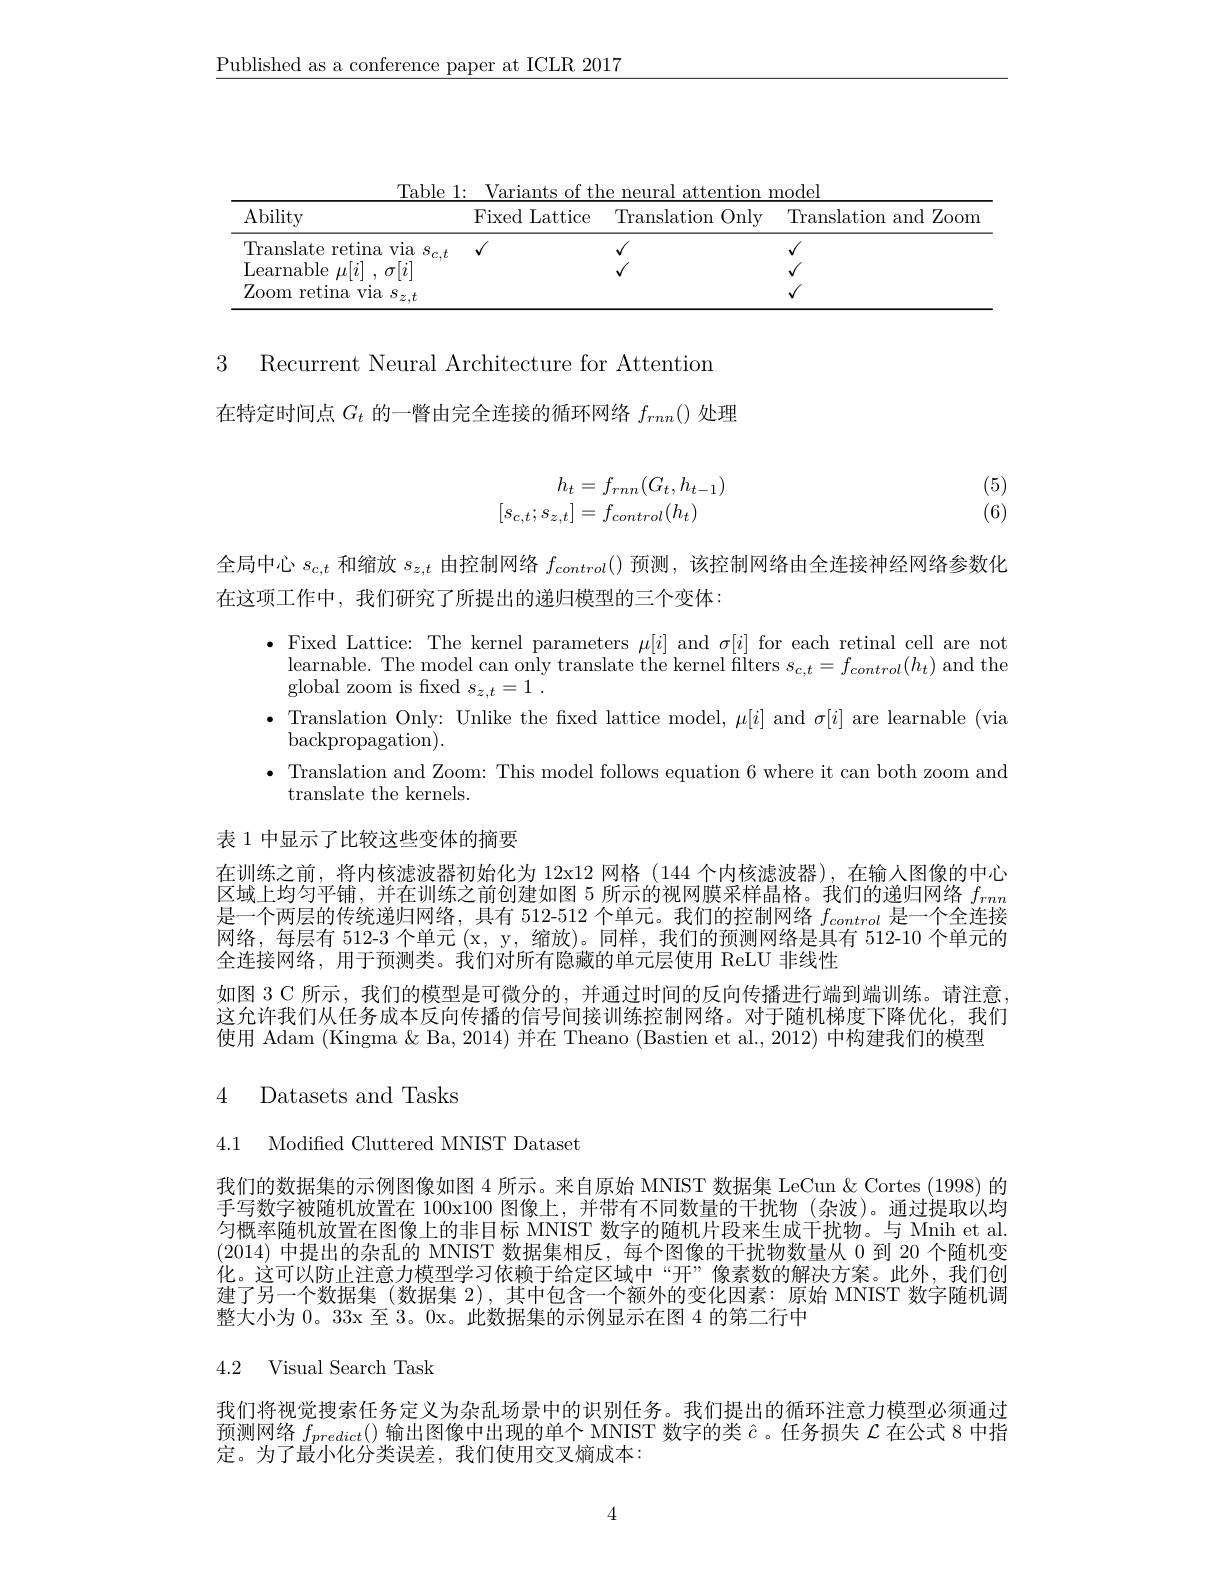
$\underline{\text{Published as a conference paper at ICLR 2017}}$

<table>
	<tbody>
		<tr>
			<th>Ability</th>
			<th>Fixed Lattice</th>
			<th>Translation Only</th>
			<th>Translation and Zoom</th>
		</tr>
		<tr>
			<td>Translate retina via $s_c,t$</td>
			<td>$√$</td>
			<td>$√$</td>
			<td> </td>
		</tr>
		<tr>
			<td>Learnable $\mu[i]$ $n$</td>
			<td> </td>
			<td> </td>
			<td> </td>
		</tr>
		<tr>
			<td>Zoom retina via $s_z,t$</td>
			<td> </td>
			<td> </td>
			<td> </td>
		</tr>
	</tbody>
</table>

3 Recurrent Neural Architecture for Attentiom
在特定时间点$G_t$的一瞥由完全连接的循环网络$f_{rnn}()$处理

(5) (6)
$$\begin{aligned}h_t&=f_{rnn}(G_t,h_{t-1})\\[s_{c,t};s_{z,t}]&=f_{control}(h_t)\end{aligned}$$
全局中心$s_{c,t}$和缩放$s_{z,t}$由控制网络$f_{control}($)预测，该控制网络由全连接神经网络参数化
在这项工作中，我们研究了所提出的递归模型的三个变体：

$\bullet$Fixed Lattice: The kernel parameters $\mu[i]$ and $\sigma[i]$ for each retinal cell are not
${\mathrm{learnable.~The~model~can~only~translate~the~kernel~filters~}s_{c,t}=f_{control}(h_{t})~\mathrm{and~the}.}$
global zoom is fixed $s_z, t= 1$ .
$\bullet$ Translation Only: Unlike the fixed lattice model, $\mu[i]$ and $\sigma[i]$ are learnable (via
backpropagation).
· Translation and Zoom: This model follows equation 6 where it can both zoom and
translate the kernels.

表 1 中显示了比较这些变体的摘要

在训练之前，将内核滤波器初始化为 12x12 网格 (144 个内核滤波器),在输人图像的中心区域上均匀平铺，并在训练之前创建如图 5 所示的视网膜采样晶格。我们的递归网络$f_{rnn}$ 是一个两层的传统递归网络，具有 512-512 个单元。我们的控制网络$f_{control}$是一个全连接网络，每层有 512-3 个单元 (x, y, 缩放)。同样，我们的预测网络是具有 512-10 个单元的全连接网络，用于预测类。我们对所有隐藏的单元层使用 ReLU 非线性
如图 3 C 所示，我们的模型是可微分的，并通过时间的反向传播进行端到端训练。请注意， 这允许我们从任务成本反向传播的信号间接训练控制网络。对于随机梯度下降优化，我们使用 Adam (Kingma & Ba, 2014) 并在 Theano (Bastien et al., 2012) 中构建我们的模型

4 Datasets and Tasks

4.1 Modifed Cluttered MNIST Dataset

我们的数据集的示例图像如图 4 所示。来自原始 MNIST 数据集 LeCun & Cortes (1998) 的手写数字被随机放置在 100x100 图像上，并带有不同数量的干扰物 (杂波)。通过提取以均匀概率随机放置在图像上的非目标 MNIST 数字的随机片段来生成干扰物。与 Mnih et al. (2014)中提出的杂乱的 MNIST 数据集相反，每个图像的干扰物数量从 0 到 20 个随机变化。这可以防止注意力模型学习依赖于给定区域中“开”像素数的解决方案。此外，我们创建了另一个数据集 (数据集 2), 其中包含一个额外的变化因素：原始 MNIST 数字随机调整大小为 0。33x 至 3。0x。此数据集的示例显示在图 4 的第二行中

# 4.2 Visual Search Task

我们将视觉搜索任务定义为杂乱场景中的识别任务。我们提出的循环注意力模型必须通过预测网络$f_{predict}($)输出图像中出现的单个 MNIST 数字的类$\hat{c}$ 。任务损失$\mathcal{L}$在公式 8 中指定。为了最小化分类误差，我们使用交叉熵成本：

4